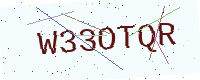
Text: W33OTQR